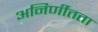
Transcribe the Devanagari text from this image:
अनिर्णीतता